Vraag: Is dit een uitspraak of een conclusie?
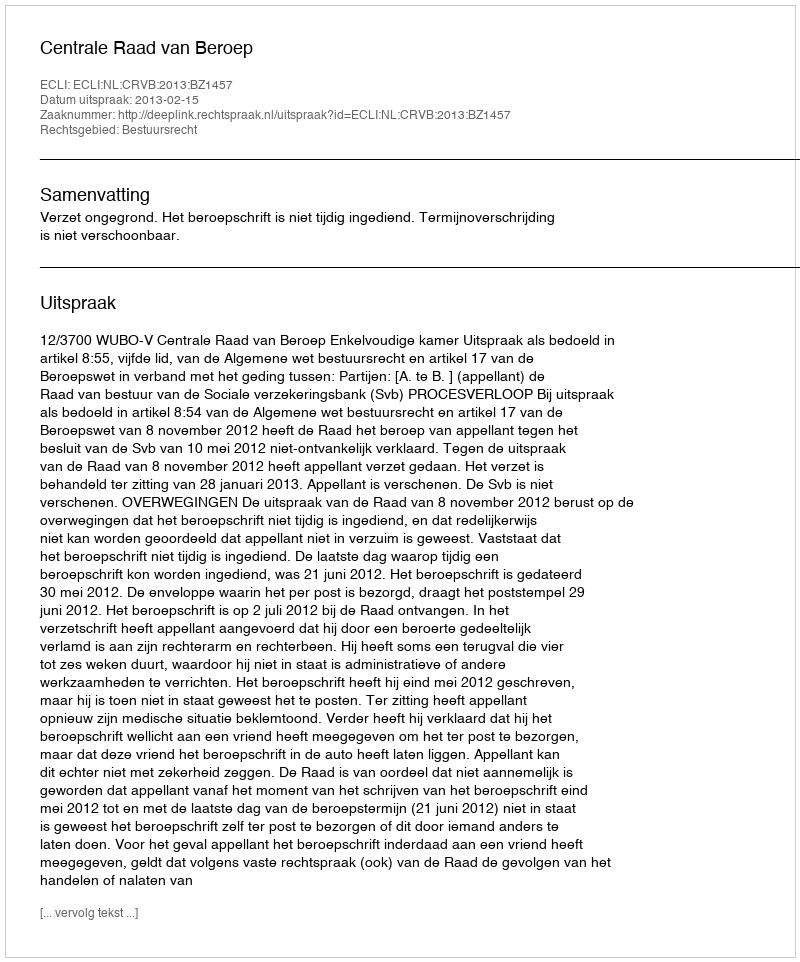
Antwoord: Uitspraak